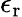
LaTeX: \epsilon_{\mathrm{r}}